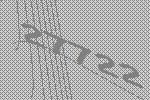
27722